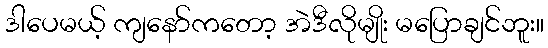
ဒါပေမယ့် ကျနော်ကတော့ အဲဒီလိုမျိုး မပြောချင်ဘူး။